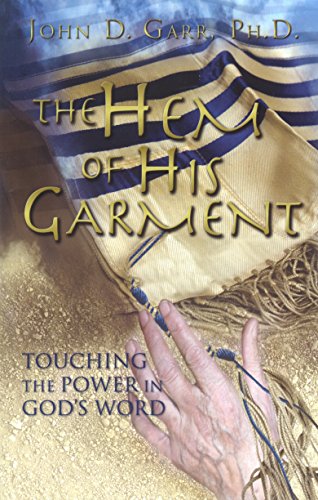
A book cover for The Hem of His Garment: Touching the Power in God's Word; John D. Garr; Christian Books & Bibles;